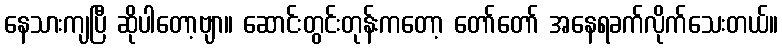
နေသားကျပြီ ဆိုပါတော့ဗျာ။ ဆောင်းတွင်းတုန်းကတော့ တော်တော် အနေရခက်လိုက်သေးတယ်။